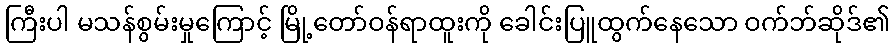
ကြီးပါ မသန်စွမ်းမှုကြောင့် မြို့တော်ဝန်ရာထူးကို ခေါင်းပြူထွက်နေသော ဝက်ဘ်ဆိုဒ်၏